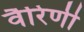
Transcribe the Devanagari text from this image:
वैरिणी